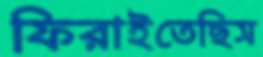
ফিরাইতেছিস